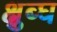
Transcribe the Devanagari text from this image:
क्षुब्घ